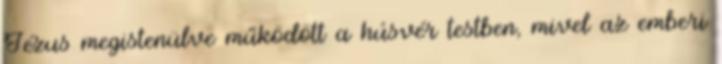
Jézus megistenülve működött a húsvér testben, mivel az emberi